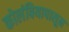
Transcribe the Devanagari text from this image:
कोलंबियापासून